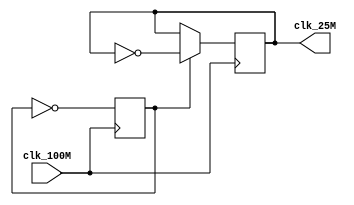
`timescale 1ns / 1ps
//////////////////////////////////////////////////////////////////////////////////
// Company: 
// Engineer: 
// 
// Design Name: 
// Module Name: clock_100to25
// Project Name: 
// Target Devices: 
// Tool Versions: 
// Description: 
// 
// Dependencies: 
// 
// Revision:
// Revision 0.01 - File Created
// Additional Comments:
// 
//////////////////////////////////////////////////////////////////////////////////


module clock_100to25(
    input clk_100M,
    output reg clk_25M = 0
    );
	reg count_bit = 0;
	always @(posedge clk_100M)
	begin
		count_bit = ~ count_bit;
		if (~count_bit)
			clk_25M = ~clk_25M;
	end
	
endmodule